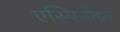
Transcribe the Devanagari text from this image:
एस्पिनोझा